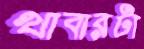
খাবারটা